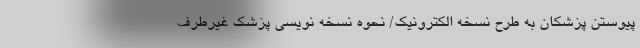
پیوستن پزشکان به طرح نسخه الکترونیک/ نحوه نسخه نویسی پزشک غیرطرف